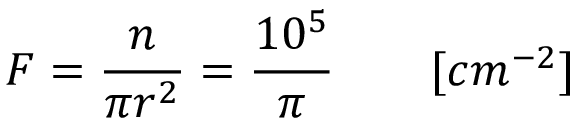
F = \frac { n } { \pi r ^ { 2 } } = \frac { 1 0 ^ { 5 } } { \pi } \quad \quad [ c m ^ { - 2 } ]